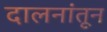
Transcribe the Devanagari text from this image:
दालनांतून